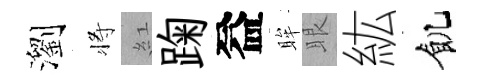
瀏将紅踘益眸眼紘飢